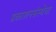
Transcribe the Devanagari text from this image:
प्रकाशनसंस्थेचा